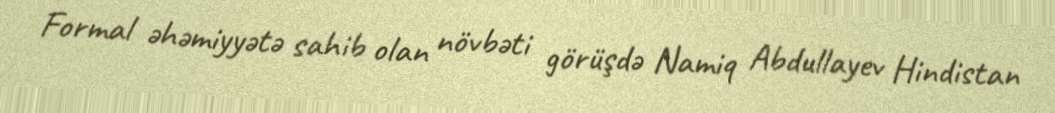
Formal əhəmiyyətə sahib olan növbəti görüşdə Namiq Abdullayev Hindistan